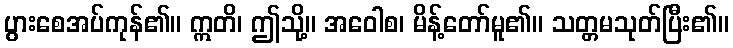
ပွားစေအပ်ကုန်၏။ ဣတိ၊ ဤသို့။ အဝေါစ၊ မိန့်တော်မူ၏။ သတ္တမသုတ်ပြီး၏။